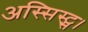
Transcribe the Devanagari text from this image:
अस्सिस्ट्स।